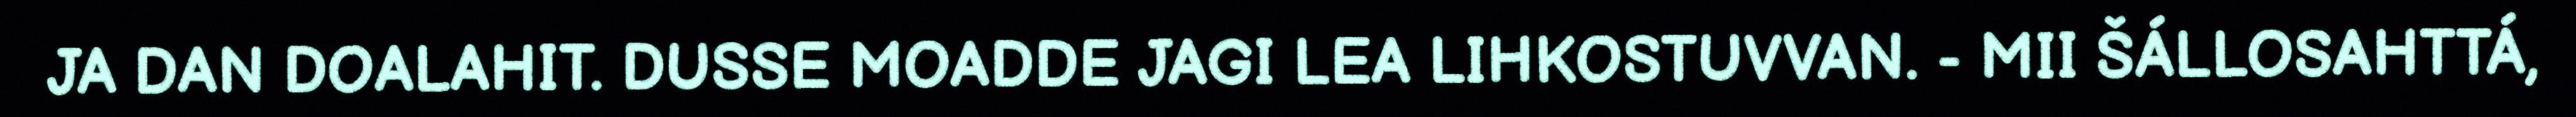
JA DAN DOALAHIT. DUSSE MOADDE JAGI LEA LIHKOSTUVVAN. - MII ŠÁLLOSAHTTÁ,